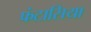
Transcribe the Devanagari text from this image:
फंटासिया